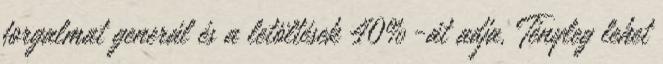
forgalmat generál és a letöltések 40%-át adja. Tényleg lehet